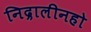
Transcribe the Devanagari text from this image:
निद्रालीनहो